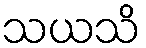
သယသိ